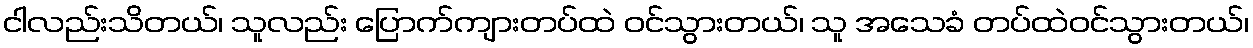
ငါလည်းသိတယ်၊ သူလည်း ပြောက်ကျားတပ်ထဲ ဝင်သွားတယ်၊ သူ အသေခံ တပ်ထဲဝင်သွားတယ်၊